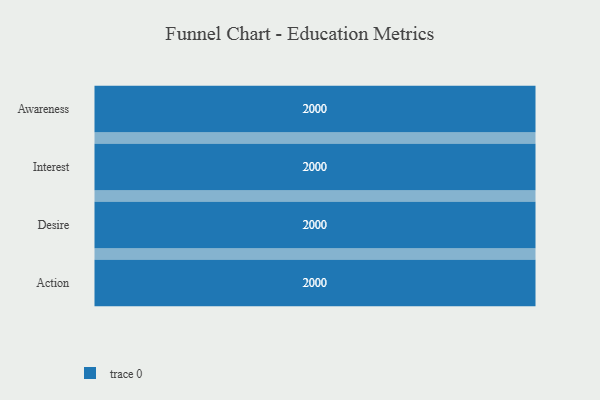
{"axis": {"x": "Stage", "y": "Value"}, "legend": [""], "data": [{"x": "Awareness", "y": 2000, "type": ""}, {"x": "Interest", "y": 2000, "type": ""}, {"x": "Desire", "y": 2000, "type": ""}, {"x": "Action", "y": 2000, "type": ""}]}